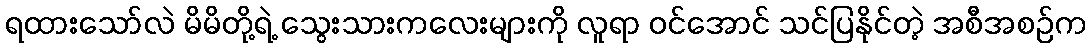
ရထားသော်လဲ မိမိတို့ရဲ့ သွေးသားကလေးများကို လူရာ ဝင်အောင် သင်ပြနိုင်တဲ့ အစီအစဉ်က